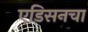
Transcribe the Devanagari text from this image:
एडिसनचा